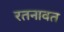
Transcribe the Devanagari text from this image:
रतनावत